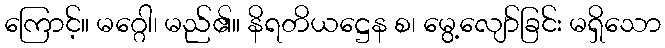
ကြောင့်။ မဂ္ဂေါ၊ မည်၏။ နိရတိယဋ္ဌေန စ၊ မွေ့လျော်ခြင်း မရှိသော